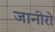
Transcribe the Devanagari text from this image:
जानीरो